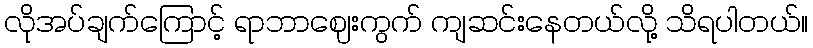
လိုအပ်ချက်ကြောင့် ရာဘာဈေးကွက် ကျဆင်းနေတယ်လို့ သိရပါတယ်။